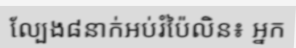
ល្បែង៨នាក់អប់រំប៉ៃលិន៖ អ្នក